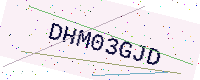
Text: DHM03GJD